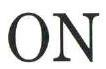
ON